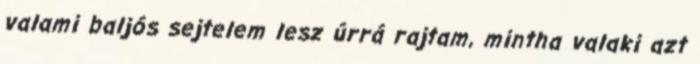
valami baljós sejtelem lesz úrrá rajtam, mintha valaki azt